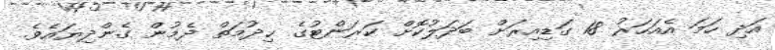
އަދި ހަމަ އެއަހަރު 18 ގަޑިއިރަށް ބަދަލުކޮށް ކަރަންޓުގެ ޚިދުމަތް ދެމުން ގެންދިޔައެވެ.